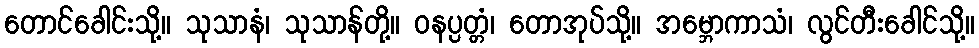
တောင်ခေါင်းသို့။ သုသာနံ၊ သုသာန်တို့။ ဝနပ္ပတ္တံ၊ တောအုပ်သို့။ အမ္ဘောကာသံ၊ လွင်တီးခေါင်သို့။